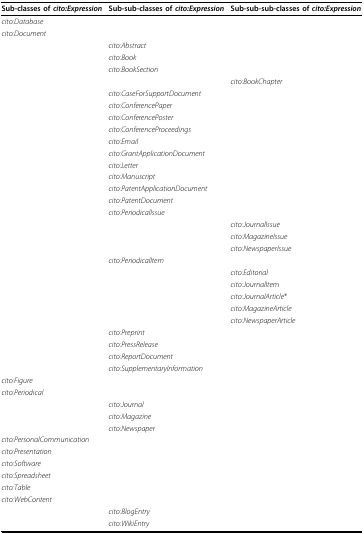
<table><thead><tr><td><b>Sub-classes of <i>cito:Expression</i></b></td><td><b>Sub-sub-classes of <i>cito:Expression</i></b></td><td><b>Sub-sub-sub-classes of <i>cito:Expression</i></b></td></tr></thead><tbody><tr><td><i>cito:Database</i></td><td></td><td></td></tr><tr><td><i>cito:Document</i></td><td></td><td></td></tr><tr><td></td><td><i>cito:Abstract</i></td><td></td></tr><tr><td></td><td><i>cito:Book</i></td><td></td></tr><tr><td></td><td><i>cito:BookSection</i></td><td></td></tr><tr><td></td><td></td><td><i>cito:BookChapter</i></td></tr><tr><td></td><td><i>cito:CaseForSupportDocument</i></td><td></td></tr><tr><td></td><td><i>cito:ConferencePaper</i></td><td></td></tr><tr><td></td><td><i>cito:ConferencePoster</i></td><td></td></tr><tr><td></td><td><i>cito:ConferenceProceedings</i></td><td></td></tr><tr><td></td><td><i>cito:Email</i></td><td></td></tr><tr><td></td><td><i>cito:GrantApplicationDocument</i></td><td></td></tr><tr><td></td><td><i>cito:Letter</i></td><td></td></tr><tr><td></td><td><i>cito:Manuscript</i></td><td></td></tr><tr><td></td><td><i>cito:PatentApplicationDocument</i></td><td></td></tr><tr><td></td><td><i>cito:PatentDocument</i></td><td></td></tr><tr><td></td><td><i>cito:PeriodicalIssue</i></td><td></td></tr><tr><td></td><td></td><td><i>cito:JournalIssue</i></td></tr><tr><td></td><td></td><td><i>cito:MagazineIssue</i></td></tr><tr><td></td><td></td><td><i>cito:NewspaperIssue</i></td></tr><tr><td></td><td><i>cito:PeriodicalItem</i></td><td></td></tr><tr><td></td><td></td><td><i>cito:Editorial</i></td></tr><tr><td></td><td></td><td><i>cito:JournalItem</i></td></tr><tr><td></td><td></td><td><i>cito:JournalArticle</i>*</td></tr><tr><td></td><td></td><td><i>cito:MagazineArticle</i></td></tr><tr><td></td><td></td><td><i>cito:NewspaperArticle</i></td></tr><tr><td></td><td><i>cito:Preprint</i></td><td></td></tr><tr><td></td><td><i>cito:PressRelease</i></td><td></td></tr><tr><td></td><td><i>cito:ReportDocument</i></td><td></td></tr><tr><td></td><td><i>cito:SupplementaryInformation</i></td><td></td></tr><tr><td><i>cito:Figure</i></td><td></td><td></td></tr><tr><td><i>cito:Periodical</i></td><td></td><td></td></tr><tr><td></td><td><i>cito:Journal</i></td><td></td></tr><tr><td></td><td><i>cito:Magazine</i></td><td></td></tr><tr><td></td><td><i>cito:Newspaper</i></td><td></td></tr><tr><td><i>cito:PersonalCommunication</i></td><td></td><td></td></tr><tr><td><i>cito:Presentation</i></td><td></td><td></td></tr><tr><td><i>cito:Software</i></td><td></td><td></td></tr><tr><td><i>cito:Spreadsheet</i></td><td></td><td></td></tr><tr><td><i>cito:Table</i></td><td></td><td></td></tr><tr><td><i>cito:WebContent</i></td><td></td><td></td></tr><tr><td></td><td><i>cito:BlogEntry</i></td><td></td></tr><tr><td></td><td><i>cito:WikiEntry</i></td><td></td></tr></tbody></table>